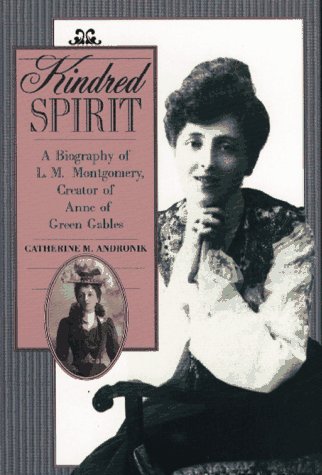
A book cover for Kindred Spirit: A Biography of L. M. Montgomery, Creator of Anne of Green Gables; Catherine M. Andronik; Teen & Young Adult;